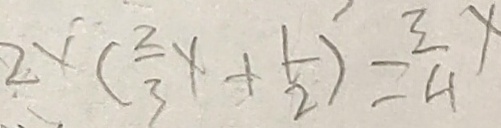
2 \times ( \frac { 2 } { 3 } x + \frac { 1 } { 2 } ) = \frac { 3 } { 4 } x